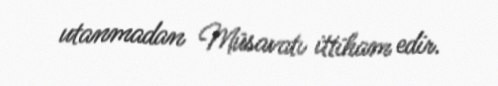
utanmadan Müsavatı ittiham edir.